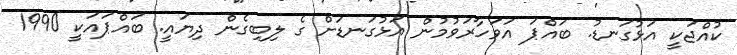
ކުއްޖަކީ އަޅުގަނޑު. ބައްޕަ އަވަހާރަވުމުން އަޅުގަނޑަށް ގެ ލިބިގެން ދިޔައީ. ބައްޕައަކީ 1990